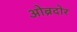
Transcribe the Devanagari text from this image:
ओब्रदोर